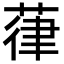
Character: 葎